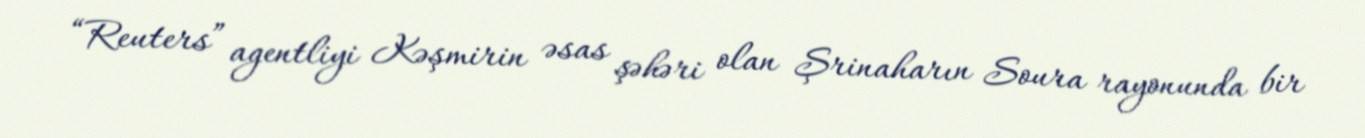
“Reuters” agentliyi Kəşmirin əsas şəhəri olan Şrinaharın Soura rayonunda bir